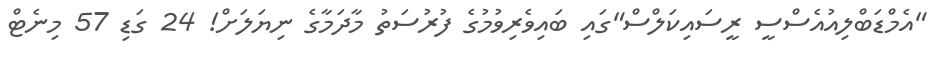
"އެމްޑަބްލިއުއެސްސީ ރީސައިކަލްސް"ގައި ބައިވެރިވުމުގެ ފުރުސަތު މާދަމާގެ ނިޔަލަށް! 24 ގަޑި 57 މިނެޓް